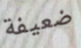
ضعيفة